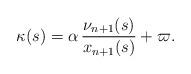
LaTeX: \begin{align*}\kappa(s)=\alpha\,\frac{\nu_{n+1}(s)}{x_{n+1}(s)}+\varpi.\end{align*}